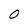
Character: 0